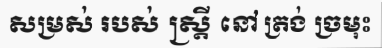
សម្រស់ របស់ ស្ត្រី នៅ ត្រង់ ច្រមុះ